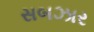
સબઝાર